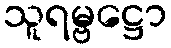
သူရမ္ဗဋ္ဌော